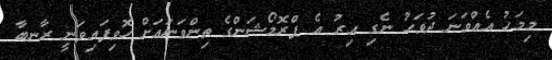
މިމަހު އެއްވަނަ ދުވަހު ނެގި އިރު އެ ޕްރޮމޯޝަންގެ ތިންވަނައަށް ހޮވިފައިވަނީ ރާނބާ